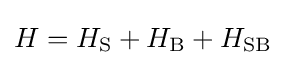
H=H_{\rm {S}}+H_{\rm {B}}+H_{\rm {SB}}